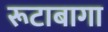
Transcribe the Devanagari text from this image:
रूटाबागा